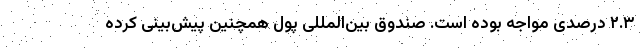
۲.۳ درصدی مواجه بوده است. صندوق بین‌المللی پول همچنین پیش‌بینی کرده